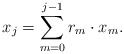
\begin{align*}x_j = \sum_{m=0}^{j-1} r_m\cdot x_m.\end{align*}